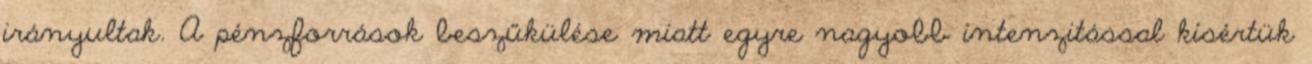
irányultak. A pénzforrások beszűkülése miatt egyre nagyobb intenzitással kísértük